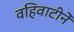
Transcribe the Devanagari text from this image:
वहिवाटीनें